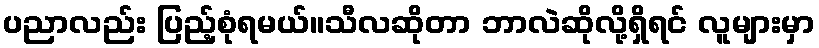
ပညာလည်း ပြည့်စုံရမယ်။သီလဆိုတာ ဘာလဲဆိုလို့ရှိရင် လူများမှာ